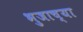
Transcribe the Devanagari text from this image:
भुजाच्या